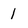
Character: 1